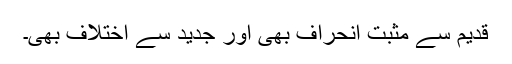
قدیم سے مثبت انحراف بھی اور جدید سے اختلاف بھی۔